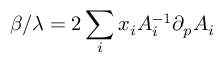
\beta / \lambda = 2 \sum _ { i } { x _ { i } } A _ { i } ^ { - 1 } \partial _ { p } A _ { i }